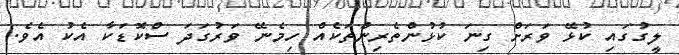
ލީގުގައި ކުޅޭ ވަރަށް ގިނަ ކުޅުންތެރިންތަކެއް ހިމެނޭ ވަރުގަދަ ސްކޮޑަކާ އެކު އެވެ.